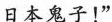
日本鬼子！”